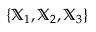
\{ { \mathbb X } _ { 1 } , { \mathbb X } _ { 2 } , { \mathbb X } _ { 3 } \}